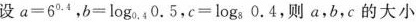
设$$a = 6 ^ { 0.4 }$$，$$b = log _ { 0.4 }0.5$$，$$c = log _ { 8 }04$$，则a，b，c的大小